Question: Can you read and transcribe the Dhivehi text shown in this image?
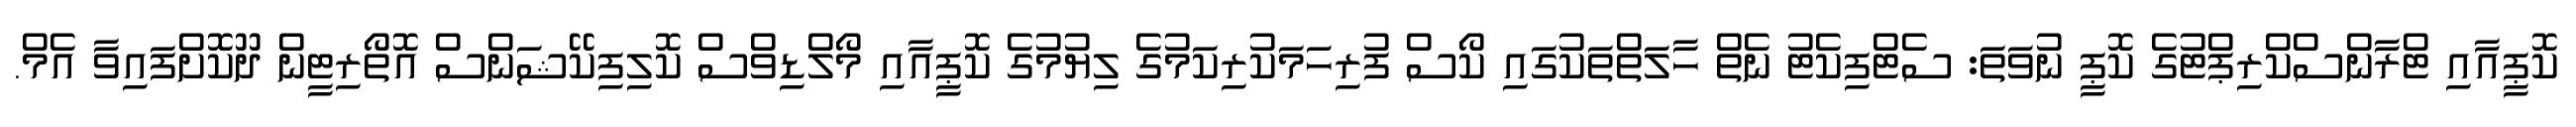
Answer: ކޮޕީއާއި ޓްރާންސްކްރިޕްޓުގެ ކޮޕީ ނުވަތަ: ސެޓްފިކެޓު ނެތް ހާލަތްތަކުގައި ކޯސް ފުރިހަމަކުރިކަމުގެ ލިޔުމުގެ ކޮޕީއާއި މޯލްޑިވްސް ކޮލިފިކޭޝަންސް އޮތޯރިޓީން ދޫކޮށްފައިވާ އެމް.